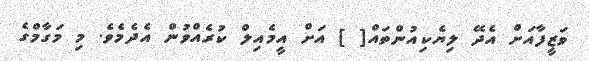
ވަޒީފާއަށް އެދޭ ލިޔެކިއުންތައް[ ] އަށް އީމެއިލް ކުރެއްވުން އެދެމެވެ. މި މަގާމްގެ